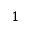
1